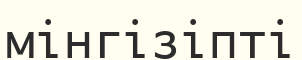
мінгізіпті